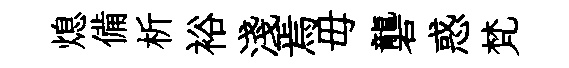
熄備析裕淺焉毋礱惑梵